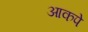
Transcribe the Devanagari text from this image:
आकपे